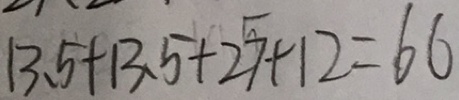
1 3 . 5 + 1 3 . 5 + 2 7 + 1 2 = 6 6